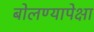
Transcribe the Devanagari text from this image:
बोलण्यापेक्षा